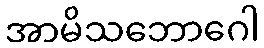
အာမိသဘောဂေါ